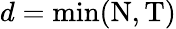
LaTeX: d=\mathrm{min}(\mathrm{N},\mathrm{T})